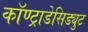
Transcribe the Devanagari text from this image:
कॉण्ट्राडेसिड्युट